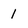
Character: 1